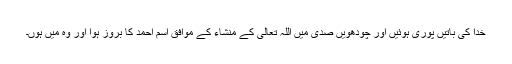
خدا کی باتیں پوری ہوئیں اور چودھویں صدی میں اللہ تعالیٰ کے منشاء کے موافق اسم احمد کا بروز ہوا اور وہ میں ہوں۔